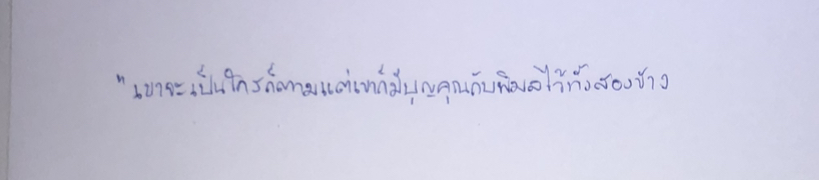
"เขาจะเป็นใครก็ตามแต่เขาก็มีบุญคุณกับพิมลไว้ทั้งสองข้าง